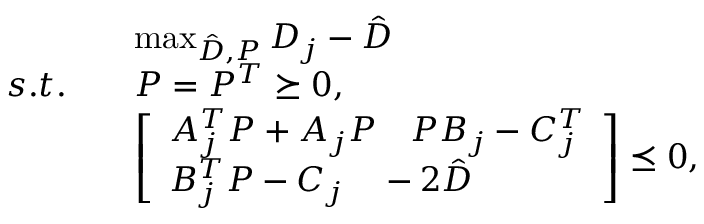
\begin{array} { r l } & { \operatorname* { m a x } _ { \hat { D } , P } D _ { j } - \hat { D } } \\ { s . t . \quad } & { P = P ^ { T } \succeq 0 , } \\ & { \left[ \begin{array} { l } { A _ { j } ^ { T } P + A _ { j } P \quad P B _ { j } - C _ { j } ^ { T } } \\ { B _ { j } ^ { T } P - C _ { j } \quad - 2 \hat { D } } \end{array} \right] \preceq 0 , } \end{array}